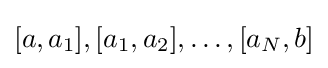
[a,a_{1}],[a_{1},a_{2}],\dots ,[a_{N},b]